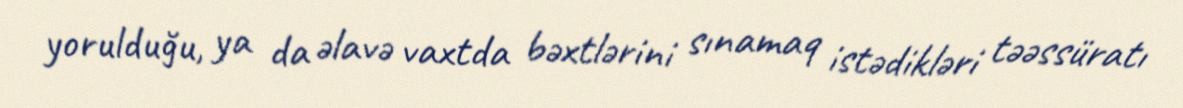
yorulduğu, ya da əlavə vaxtda bəxtlərini sınamaq istədikləri təəssüratı